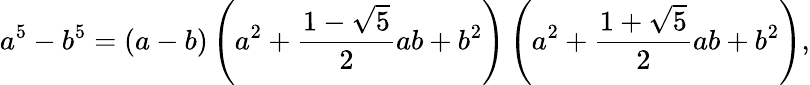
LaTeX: a^{5}-b^{5}=(a-b)\left(a^{2}+{\frac{1-{\sqrt{5}}}{2}}ab+b^{2}\right)\left(a^{2}+{\frac{1+{\sqrt{5}}}{2}}ab+b^{2}\right),